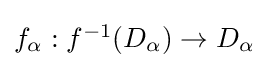
{\textstyle f_{\alpha }:f^{-1}(D_{\alpha })\to D_{\alpha }\,}